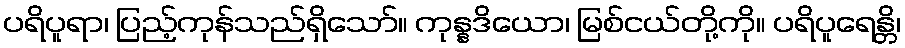
ပရိပူရာ၊ ပြည့်ကုန်သည်ရှိသော်။ ကုန္နဒိယော၊ မြစ်ငယ်တို့ကို။ ပရိပူရေန္တိ၊